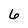
Character: 6